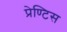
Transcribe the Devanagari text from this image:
प्रेण्टिस